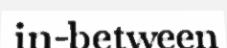
in-between